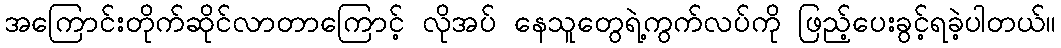
အကြောင်းတိုက်ဆိုင်လာတာကြောင့် လိုအပ် နေသူတွေရဲ့ကွက်လပ်ကို ဖြည့်ပေးခွင့်ရခဲ့ပါတယ်။